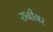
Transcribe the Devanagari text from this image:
रानीगर